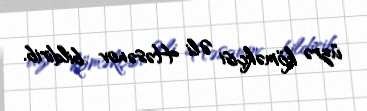
üzrə köməkçisi Əli Həsənov bildirib.